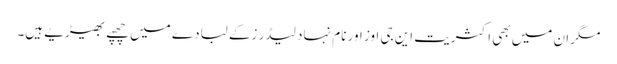
مگر ان میں بھی اکثریت این جی اوز اور نام نہاد لیڈر زکے لبادے میں چھپے بھیڑیے ہیں۔